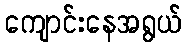
ကျောင်းနေအရွယ်